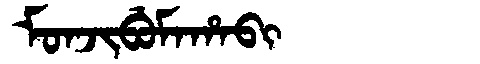
Manchu: ᠮᠣᠨᠵᡳᠪᡠᠮᠠᡥᠠᠪᡳ
Romanization: MONJIBUMAHABI